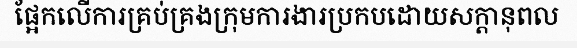
ផ្អែកលើការគ្រប់គ្រងក្រុមការងារប្រកបដោយសក្តានុពល